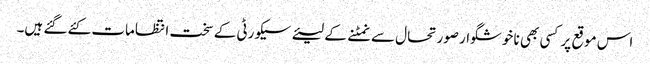
اس موقع پر کسی بھی نا خوشگوار صورتحال سے نمٹنے کے لیئے سیکورٹی کے سخت انتظامات کئے گئے ہیں۔